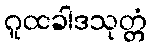
ဂူထခါဒသုတ္တံ